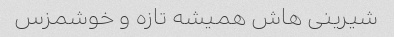
شیرینی هاش همیشه تازه و خوشمزس